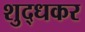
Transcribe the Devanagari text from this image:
शुद्धकर